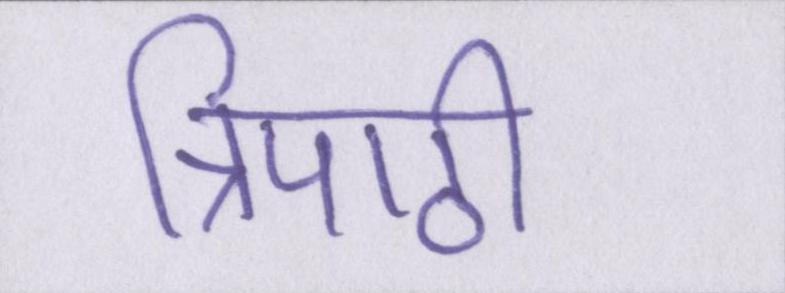
त्रिपाठी